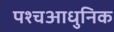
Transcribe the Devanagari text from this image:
पश्चआधुनिक